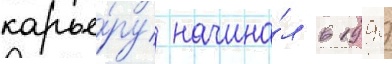
карье́ру начина́л в 1999